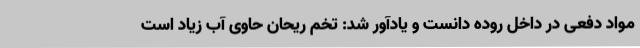
مواد دفعی در داخل روده دانست و یادآور شد: تخم ریحان حاوی آب زیاد است